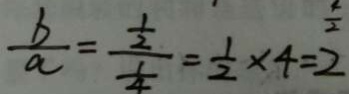
\frac { b } { a } = \frac { \frac { 1 } { 2 } } { \frac { 1 } { 4 } } = \frac { 1 } { 2 } \times 4 = 2